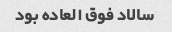
سالاد فوق العاده بود